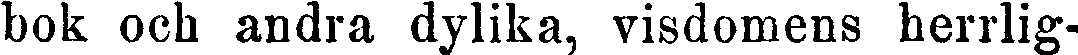
bok och andra dylika, visdomens herrlig-